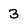
Character: 3